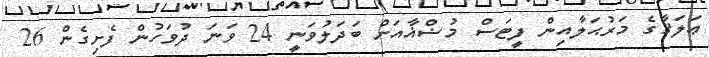
ޢަލަޤާގެ މަރުޙަލާއިން ފީޓަސް މުޟްޣާއަށް ބަދަލުވަނީ 24 ވަނަ ދުވަހުން ފެށިގެން 26